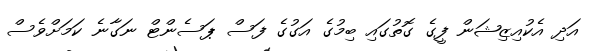
އަދި އެކުއިޒިޝަން ފީގެ ގޮތުގައި ބިމުގެ އަގުގެ ފަސް ޕަސެންޓް ނަގާނެ ކަމަށްވެސް